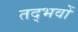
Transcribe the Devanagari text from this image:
तद्भवों